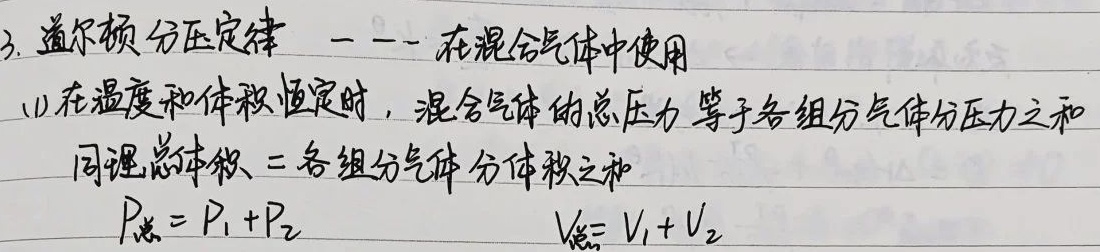
3. 道尔顿分压定律 --- 在混合气体中使用
(1) 在温度和体积恒定时，混合气体的总压力等于各组分气体分压力之和，同理总体积 = 各组分气体分体积之和。
\(P_{总}=P_{1}+P_{2}\)，\(V_{总}=V_{1}+V_{2}\)